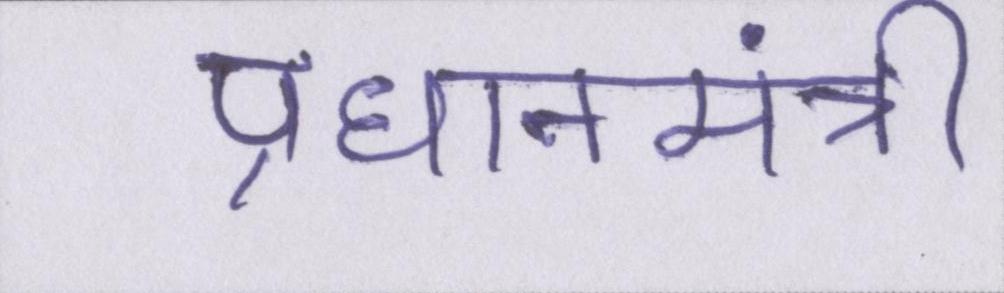
प्रधानमंत्री